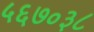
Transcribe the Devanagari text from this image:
५६७०३८